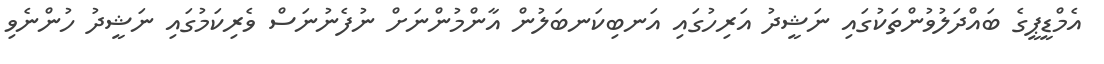
އެމްޑީޕީގެ ބައްދަލުވުންތަކުގައި ނަޝީދު އަރިހުގައި އަނބިކަނބަލުން އާންމުންނަށް ނުފެނުނަސް ވެރިކަމުގައި ނަޝީދު ހުންނެވި